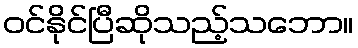
ဝင်နိုင်ပြီဆိုသည့်သဘော။